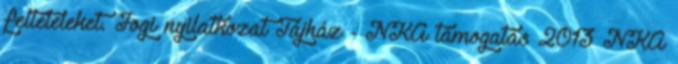
feltételeket. Jogi nyilatkozat Tájház - NKA támogatás 2013 NKA